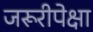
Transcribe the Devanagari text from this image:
जरूरीपेक्षा